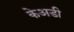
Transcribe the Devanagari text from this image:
केअडी